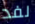
لفد